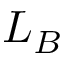
L _ { B }